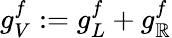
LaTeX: g_{V}^{f}:=g_{L}^{f}+g_{\mathbb{R}}^{f}